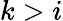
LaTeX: k>i